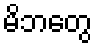
မိဘတွေ